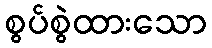
စွပ်စွဲထားသော